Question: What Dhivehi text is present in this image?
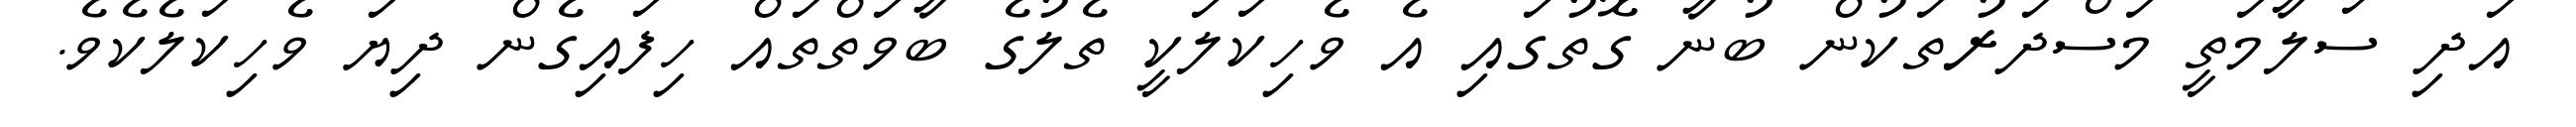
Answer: އަދި ސަލާމަތީ މަސްދަރުތަކުން ބުނާ ގޮތުގައި އެ ވެހިކަލަކީ ތެލުގެ ބާވަތްތައް ހިފައިގެން ދިޔަ ވެހިކަލެކެވެ.